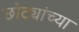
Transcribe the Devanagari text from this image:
छोट्यांच्या